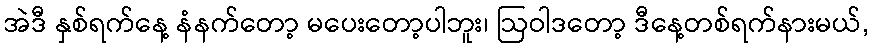
အဲဒီ နှစ်ရက်နေ့ နံနက်တော့ မပေးတော့ပါဘူး၊ ဩဝါဒတော့ ဒီနေ့တစ်ရက်နားမယ်,